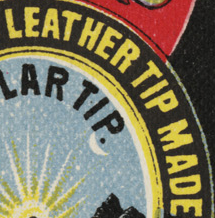
LEATHER TIP MADE